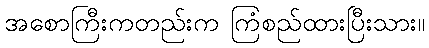
အစောကြီးကတည်းက ကြံစည်ထားပြီးသား။